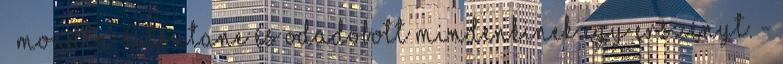
– mondta Atsutane és odadobott mindenkinek egy erszényt. -